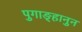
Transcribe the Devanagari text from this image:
पुगाङ्हानुन